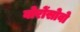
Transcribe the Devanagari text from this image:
वोरोंसोवो